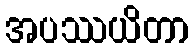
အပဿယိတာ